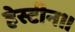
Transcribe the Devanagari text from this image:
हेस्टीन।।